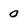
Character: 0